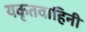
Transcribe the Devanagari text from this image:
यकृतवाहिनी